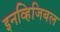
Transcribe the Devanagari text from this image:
इनव्हिजिबल